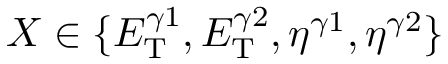
X \in \{ E _ { \mathrm { T } } ^ { \gamma 1 } , E _ { \mathrm { T } } ^ { \gamma 2 } , \eta ^ { \gamma 1 } , \eta ^ { \gamma 2 } \}